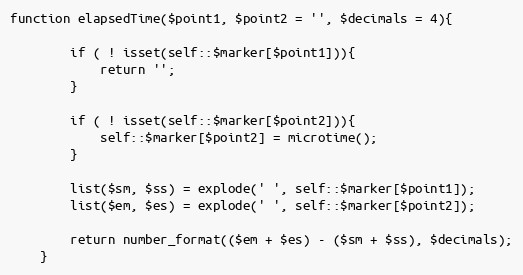
Language: PHP
function elapsedTime($point1, $point2 = '', $decimals = 4){

		if ( ! isset(self::$marker[$point1])){
			return '';
		}

		if ( ! isset(self::$marker[$point2])){
			self::$marker[$point2] = microtime();
		}

		list($sm, $ss) = explode(' ', self::$marker[$point1]);
		list($em, $es) = explode(' ', self::$marker[$point2]);

		return number_format(($em + $es) - ($sm + $ss), $decimals);
	}